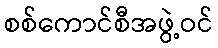
စစ်ကောင်စီအဖွဲ့ဝင်